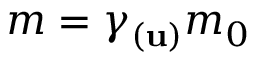
m = \gamma _ { ( \mathbf { u } ) } m _ { 0 }